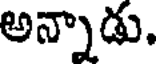
అన్నాడు.